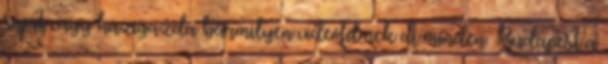
saját vagy házigazda bármilyen videófilmek at minden. Budapest a